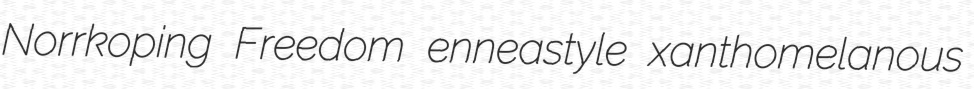
Norrkoping Freedom enneastyle xanthomelanous